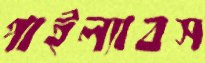
পাইল্যাবস